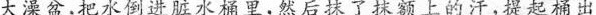
大澡盆，把水倒进脏水桶里，然后抹了抹额王的汗，提起桶出